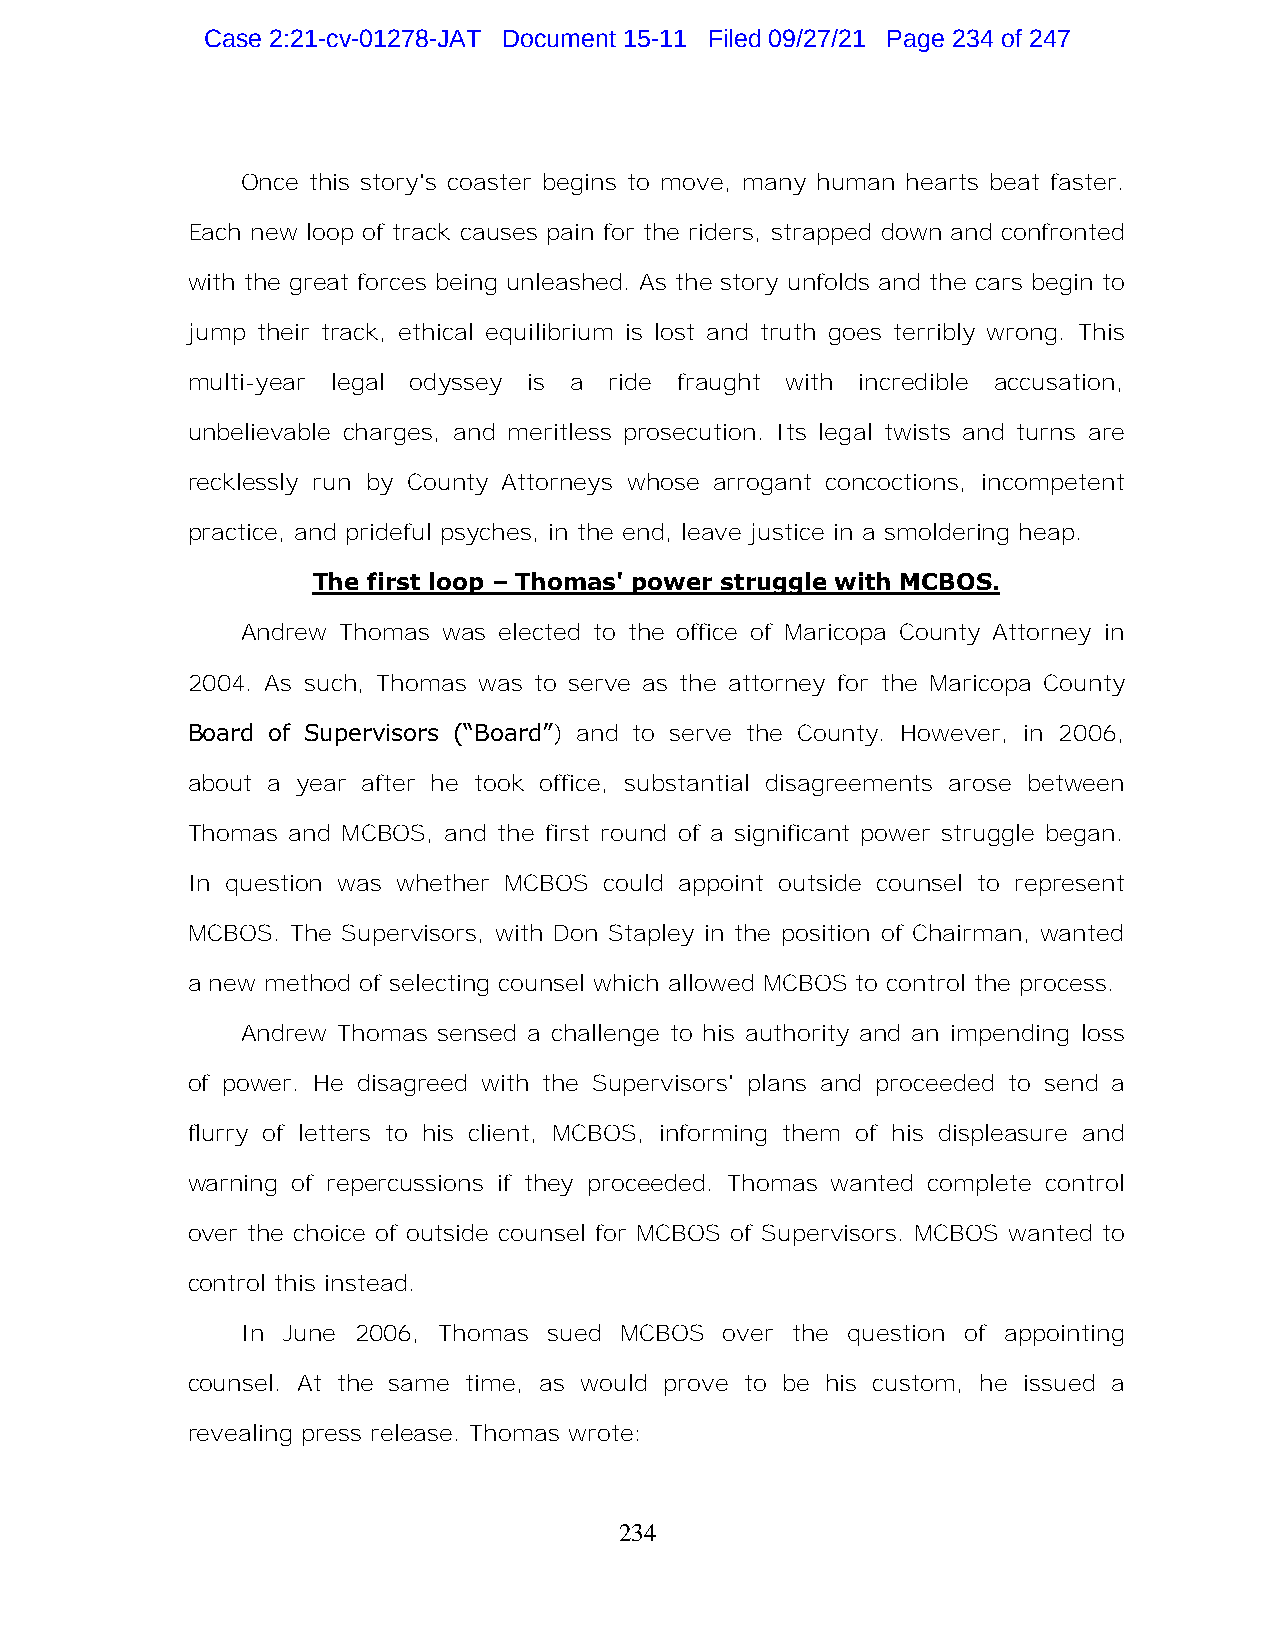
Case 2:21-cv-01278-JAT Document 15-11 Filed 09/27/21 Page 234 of 247
 Once this story's coaster begins to move, many human hearts beat faster.
 Each new loop of track causes pain for the riders, strapped down and confronted
 with the great forces being unleashed. As the story unfolds and the cars begin to
 jump their track, ethical equilibrium is lost and truth goes terribly wrong. This
 multi-year legal odyssey is a ride fraught with incredible accusation,
 unbelievable charges, and meritless prosecution. Its legal twists and turns are
 recklessly run by County Attorneys whose arrogant concoctions, incompetent
 practice, and prideful psyches, in the end, leave justice in a smoldering heap.
 The first loop – Thomas' power struggle with MCBOS.
 Andrew Thomas was elected to the office of Maricopa County Attorney in
 2004. As such, Thomas was to serve as the attorney for the Maricopa County
 Board of Supervisors (“Board”) and to serve the County. However, in 2006,
 about a year after he took office, substantial disagreements arose between
 Thomas and MCBOS, and the first round of a significant power struggle began.
 In question was whether MCBOS could appoint outside counsel to represent
 MCBOS. The Supervisors, with Don Stapley in the position of Chairman, wanted
 a new method of selecting counsel which allowed MCBOS to control the process.
 Andrew Thomas sensed a challenge to his authority and an impending loss
 of power. He disagreed with the Supervisors' plans and proceeded to send a
 flurry of letters to his client, MCBOS, informing them of his displeasure and
 warning of repercussions if they proceeded. Thomas wanted complete control
 over the choice of outside counsel for MCBOS of Supervisors. MCBOS wanted to
 control this instead.
 In June 2006, Thomas sued MCBOS over the question of appointing
 counsel. At the same time, as would prove to be his custom, he issued a
 revealing press release. Thomas wrote:
 234